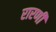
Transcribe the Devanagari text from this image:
रारणी